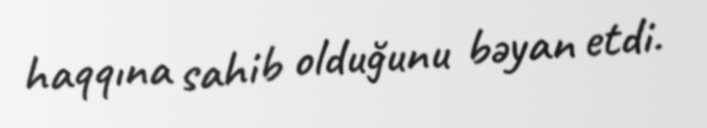
haqqına sahib olduğunu bəyan etdi.